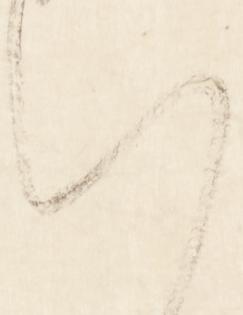
い